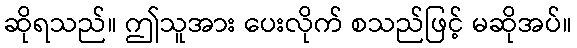
ဆိုရသည်။ ဤသူအား ပေးလိုက် စသည်ဖြင့် မဆိုအပ်။